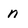
Character: n